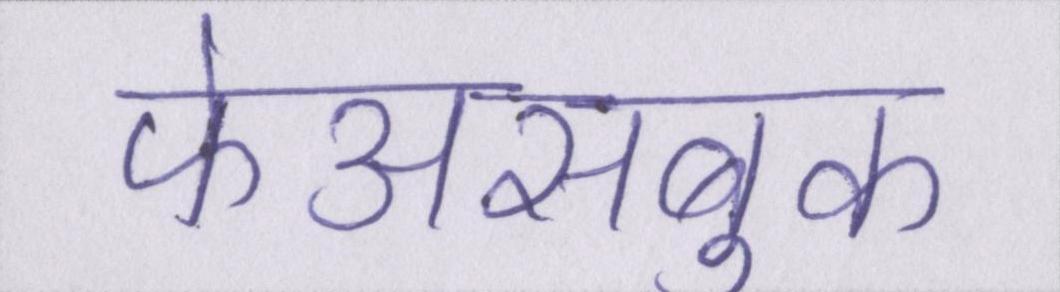
फेअसबुक